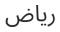
رياض